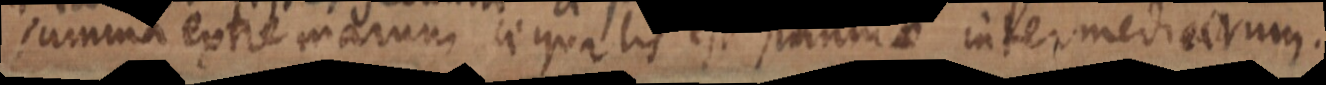
summa extremarum aequalis est summae intermediarum.